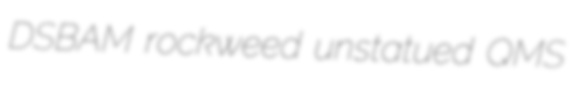
DSBAM rockweed unstatued QMS